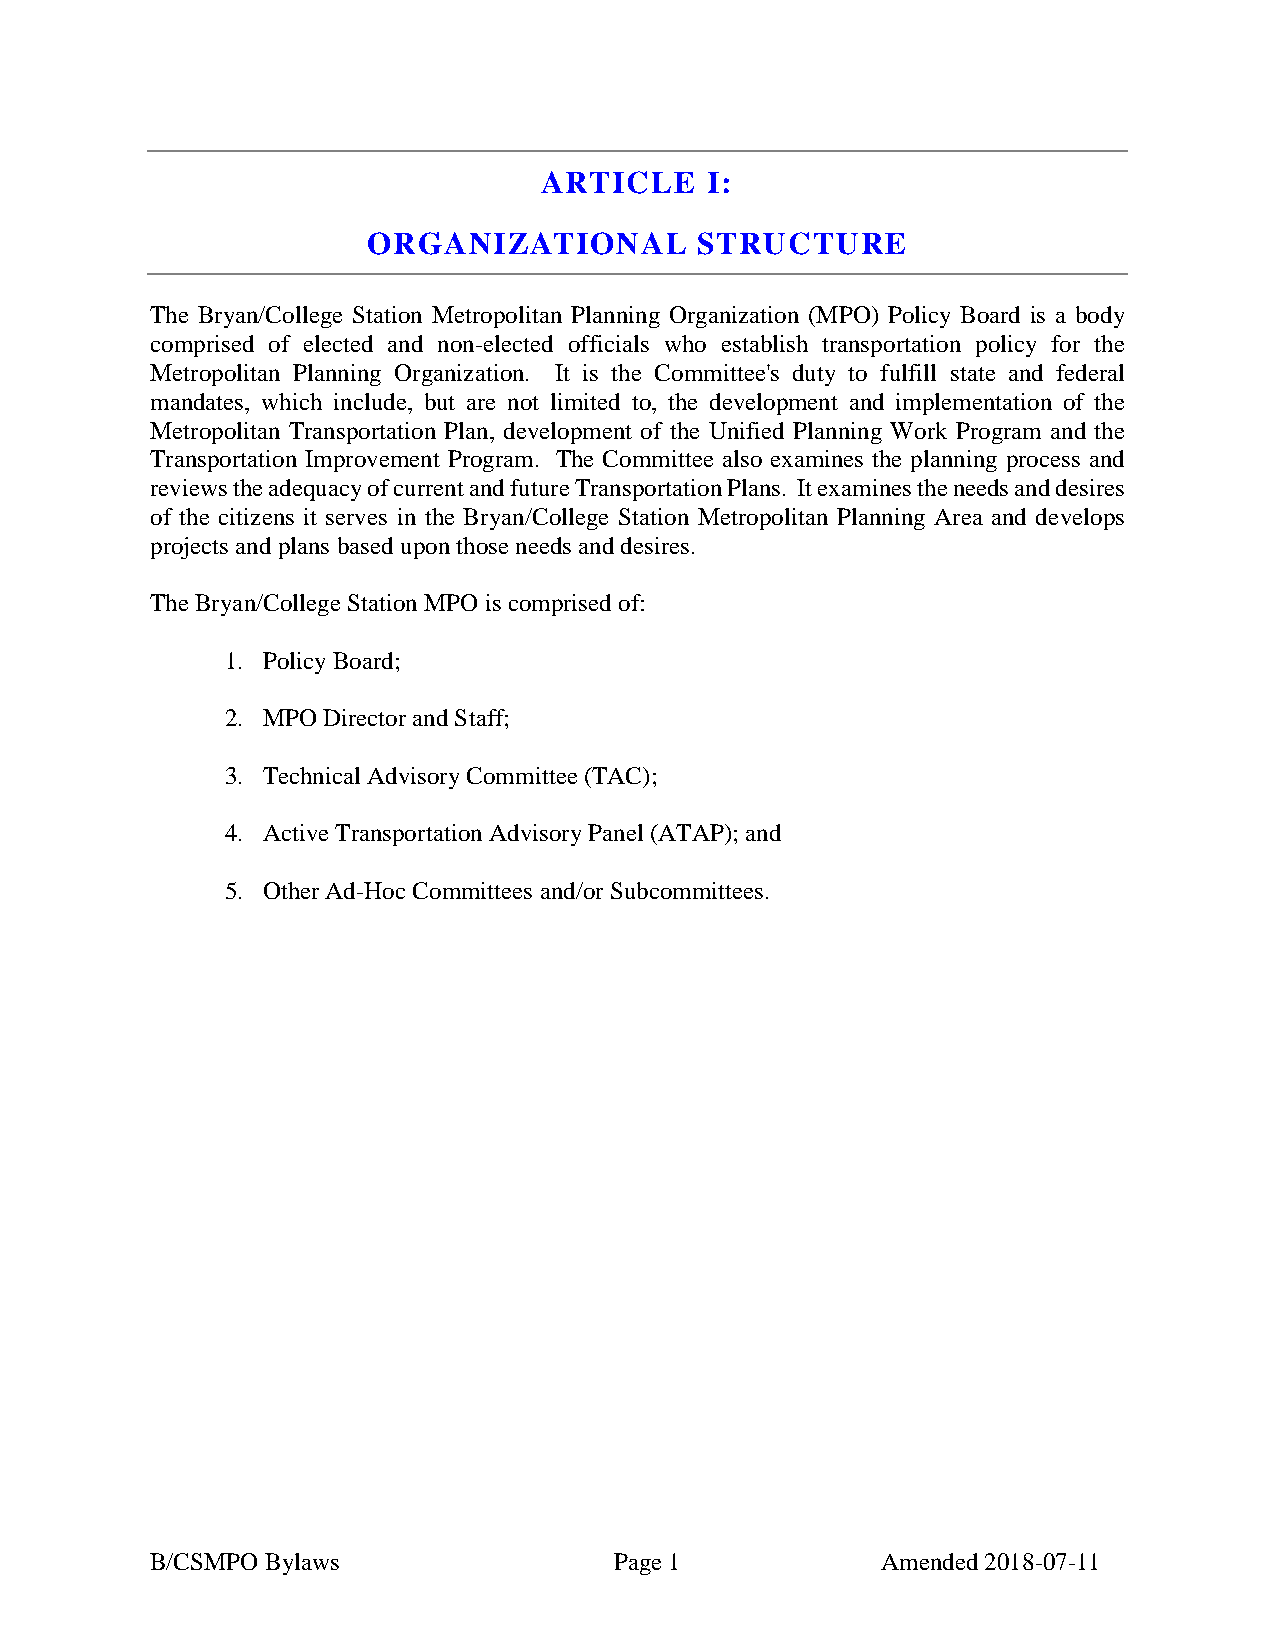
ARTICLE    I:
 ORGANIZATIONAL        STRUCTURE
 The Bryan/College Station Metropolitan Planning Organization (MPO) Policy Board is a body
 comprised of elected and non-elected officials who establish transportation policy for the
 Metropolitan Planning Organization. It is the Committee's duty to fulfill state and federal
 mandates, which include, but are not limited to, the development and implementation of the
 Metropolitan Transportation Plan, development of the Unified Planning Work Program and the
 Transportation Improvement Program. The Committee also examines the planning process and
 reviews the adequacy of current and future Transportation Plans. It examines the needs and desires
 of the citizens it serves in the Bryan/College Station Metropolitan Planning Area and develops
 projects and plans based upon those needs and desires.
 The Bryan/College Station MPO is comprised of:
 1. Policy Board;
 2. MPO Director and Staff;
 3. Technical Advisory Committee (TAC);
 4. Active Transportation Advisory Panel (ATAP); and
 5. Other Ad-Hoc Committees and/or Subcommittees.
 B/CSMPO Bylaws                 Page 1           Amended 2018-07-11